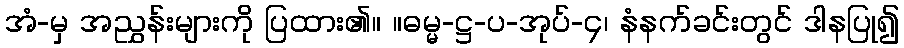
အံ-မှ အညွှန်းများကို ပြထား၏။ ။ဓမ္မ-ဋ္ဌ-ပ-အုပ်-၄၊ နံနက်ခင်းတွင် ဒါနပြု၍